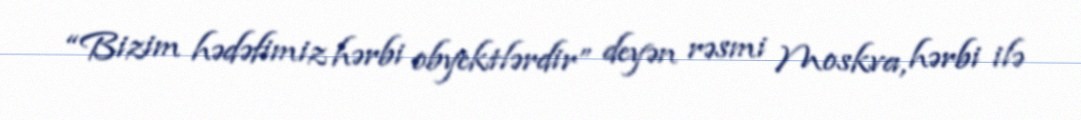
“Bizim hədəfimiz hərbi obyektlərdir” deyən rəsmi Moskva, hərbi ilə